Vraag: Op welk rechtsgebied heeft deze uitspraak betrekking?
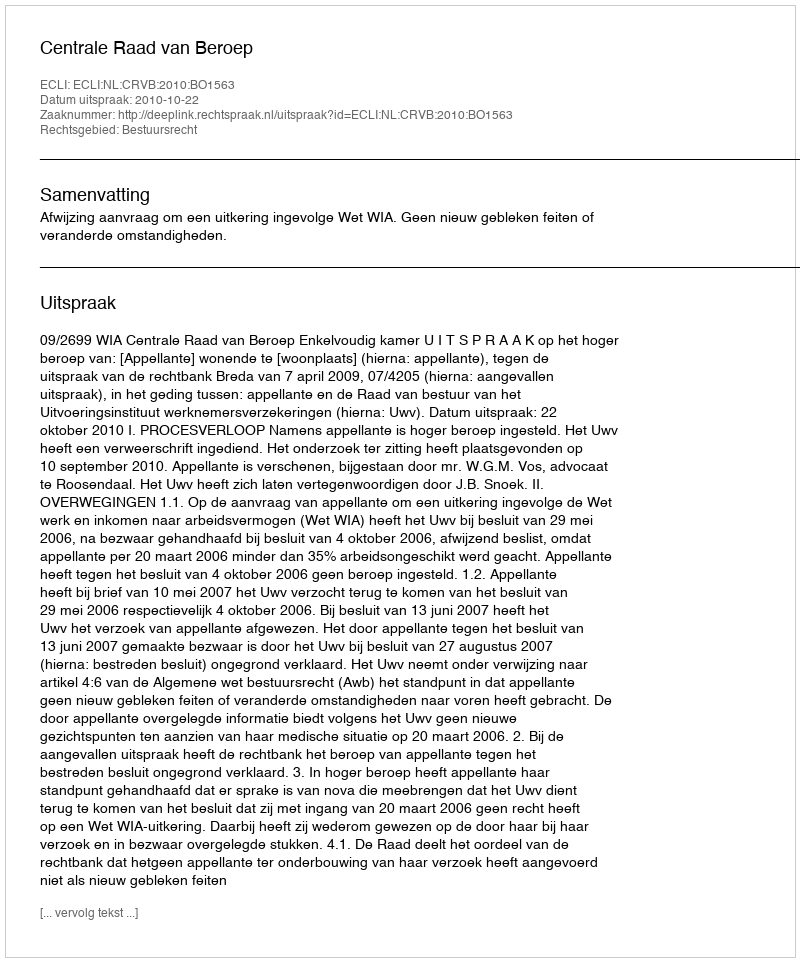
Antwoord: Bestuursrecht